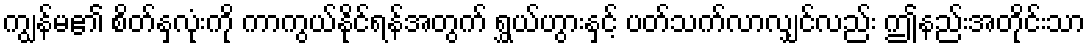
ကျွန်မ၏ စိတ်နှလုံးကို ကာကွယ်နိုင်ရန်အတွက် ရွှယ်ဟွားနှင့် ပတ်သက်လာလျှင်လည်း ဤနည်းအတိုင်းသာ